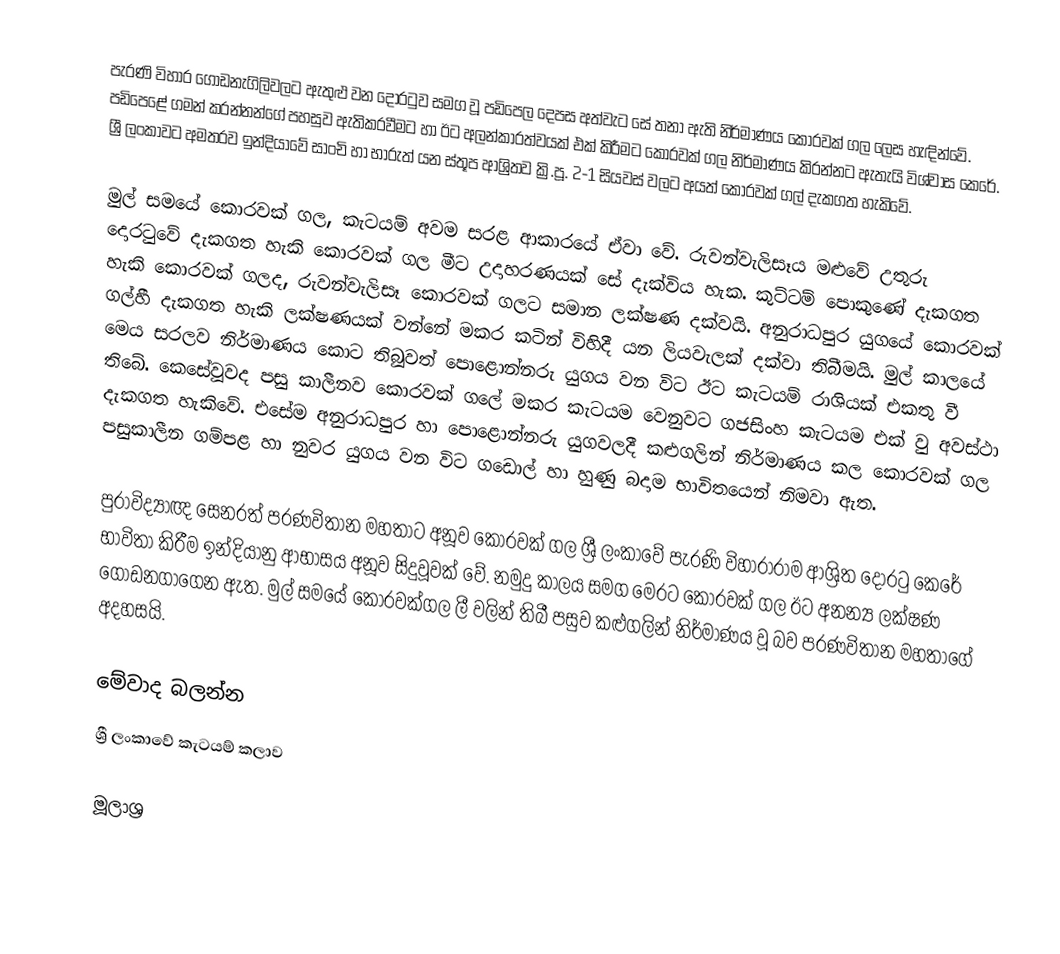
පැරණි විහාර ගොඩනැගිලිවලට ඇතුළු වන දොරටුව සමග වූ පඩිපෙල දෙපස අත්වැට සේ තනා ඇති නිර්මාණය කොරවක් ගල ලෙස හැඳින්වේ. පඩිපෙළේ ගමන් කරන්නන්ගේ පහසුව ඇතිකරවීමට හා ඊට අලන්කාරත්වයක් එක් කිරීමට කොරවක් ගල නිර්මාණය කිරන්නට ඇතැයි විශ්වාස කෙරේ. ශ්‍රී ලංකාවට අමතරව ඉන්දියාවේ සාංචි හා භාරුත් යන ස්තූප ආශ්‍රිතව ක්‍රි.පූ. 2-1 සියවස් වලට අයත් කොරවක් ගල් දැකගත හැකිවේ.

මුල් සමයේ කොරවක් ගල, කැටයම් අවම සරළ ආකාරයේ ඒවා වේ. රුවන්වැලිසෑය මළුවේ උතුරු දොරටුවේ දැකගත හැකි කොරවක් ගල මීට උදාහරණයක් සේ දැක්විය හැක. කුට්ටම් පොකුණේ දැකගත හැකි කොරවක් ගලද, රුවන්වැලිසෑ කොරවක් ගලට සමාන ලක්ෂණ දක්වයි. අනුරාධපුර යුගයේ කොරවක් ගල්හී දැකගත හැකි ලක්ෂණයක් වන්නේ මකර කටින් විහිදී යන ලියවැලක් දක්වා තිබීමයි. මුල් කාලයේ මෙය සරලව නිර්මාණය කොට තිබූවත් පොළොන්නරු යුගය වන විට ඊට කැටයම් රාශියක් එකතු වී තිබේ. කෙසේවූවද පසු කාලීනව කොරවක්‌ ගලේ මකර කැටයම වෙනුවට ගජසිංහ කැටයම එක්‌ වු අවස්‌ථා දැකගත හැකිවේ. එසේම අනුරාධපුර හා පොළොන්නරු යුගවලදී කළුගලින් නිර්මාණය කල කොරවක් ගල පසුකාලීන ගම්පළ හා නුවර යුගය වන විට ගඩොල් හා හුණු බදාම භාවිතයෙන් නිමවා ඇත.

පුරාවිද්‍යාඥ සෙනරත් පරණවිතාන මහතාට අනූව කොරවක් ගල ශ්‍රී ලංකාවේ පැරණි විහාරාරාම ආශ්‍රිත දොරටු කෙරේ භාවිතා කිරීම ඉන්දියානු ආභාසය අනූව සිදුවූවක් වේ. නමුදු කාලය සමග මෙරට කොරවක් ගල ඊට අනන්‍ය ලක්ෂණ ගොඩනගාගෙන ඇත. මුල් සමයේ කොරවක්‌ගල ලී වලින් තිබී පසුව කළුගලින් නිර්මාණය වූ බව පරණවිතාන මහතාගේ අදහසයි.

මේවාද බලන්න
ශ්‍රී ලංකාවේ කැටයම් කලාව

මූලාශ්‍ර